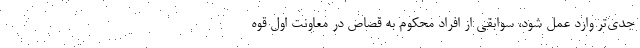
جدی‌تر وارد عمل شود، سوابقی از افراد محکوم به قصاص در معاونت اول قوه